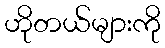
ဟိုတယ်များကို